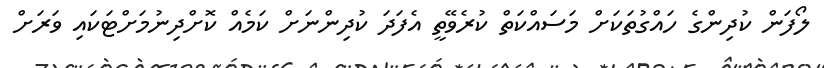
ލޯފަން ކުދިންގެ ހައްގުތަކަށް މަސައްކަތް ކުރެވޭތީ އެފަދަ ކުދިންނަށް ކަމެއް ކޮށްދިނުމަށްޓަކައި ވަރަށް